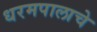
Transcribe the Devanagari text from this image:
धरमपालाचे